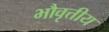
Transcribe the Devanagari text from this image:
भौवृत्तीय